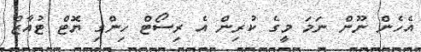
އެހެން ނޫން ނަމަ މީގެ ކުރިން އެ ރިސޯޓް ހިންގި ޔޮޓް ޓުއާޒް